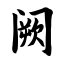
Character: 阙